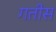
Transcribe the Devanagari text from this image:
गतीस